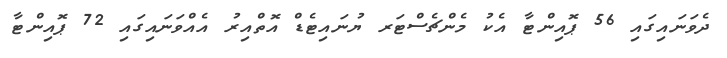
ދެވަނައިގައި 56 ޕޮއިންޓާ އެކު މެންޗެސްޓަރ ޔުނައިޓެޑް އޮތްއިރު އެއްވަނައިގައި 72 ޕޮއިންޓާ